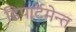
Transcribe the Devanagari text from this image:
डिपार्टमेन्त